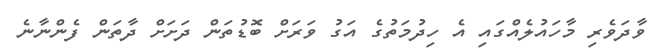
ވާދަވެރި މާހައުލެއްގައި އެ ހިދުމަތުގެ އަގު ވަރަށް ބޮޑުތަން ދަށަށް ދާތަން ފެންނާނެ